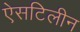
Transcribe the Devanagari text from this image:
ऐसटिलीन